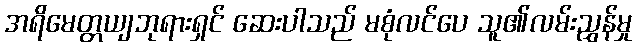
အရိမေတ္တယျဘုရားရှင် ဆေးပါသည် မစုံလင်ပေ သူ၏လမ်းညွှန်မှု